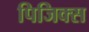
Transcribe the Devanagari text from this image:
पिजिक्स